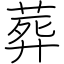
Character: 葬